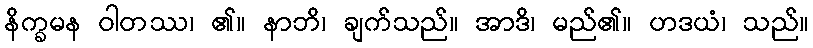
နိက္ခမန ဝါတဿ၊ ၏။ နာဘိ၊ ချက်သည်။ အာဒိ၊ မည်၏။ ဟဒယံ၊ သည်။